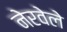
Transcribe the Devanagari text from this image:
नेरवेले